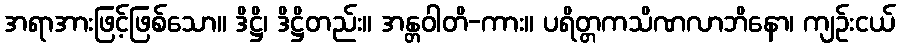
အရာအားဖြင့်ဖြစ်သော။ ဒိဋ္ဌိ၊ ဒိဋ္ဌိတည်း။ အန္တဝါတိ-ကား။ ပရိတ္တကသိဏလာဘိနော၊ ကျဉ်းငယ်